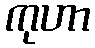
ကုဟာ